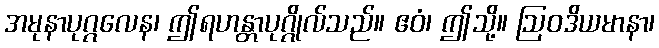
အမုနာပုဂ္ဂလေန၊ ဤရဟန္တာပုဂ္ဂိုလ်သည်။ ဧဝံ၊ ဤသို့။ ဩဝဒိယမာနာ၊